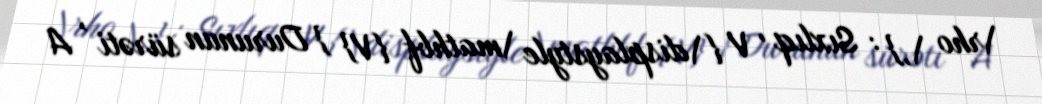
\rho \,} : Sıxlıq , V {\displaystyle \mathbf {V} } Durunun sürəti , A